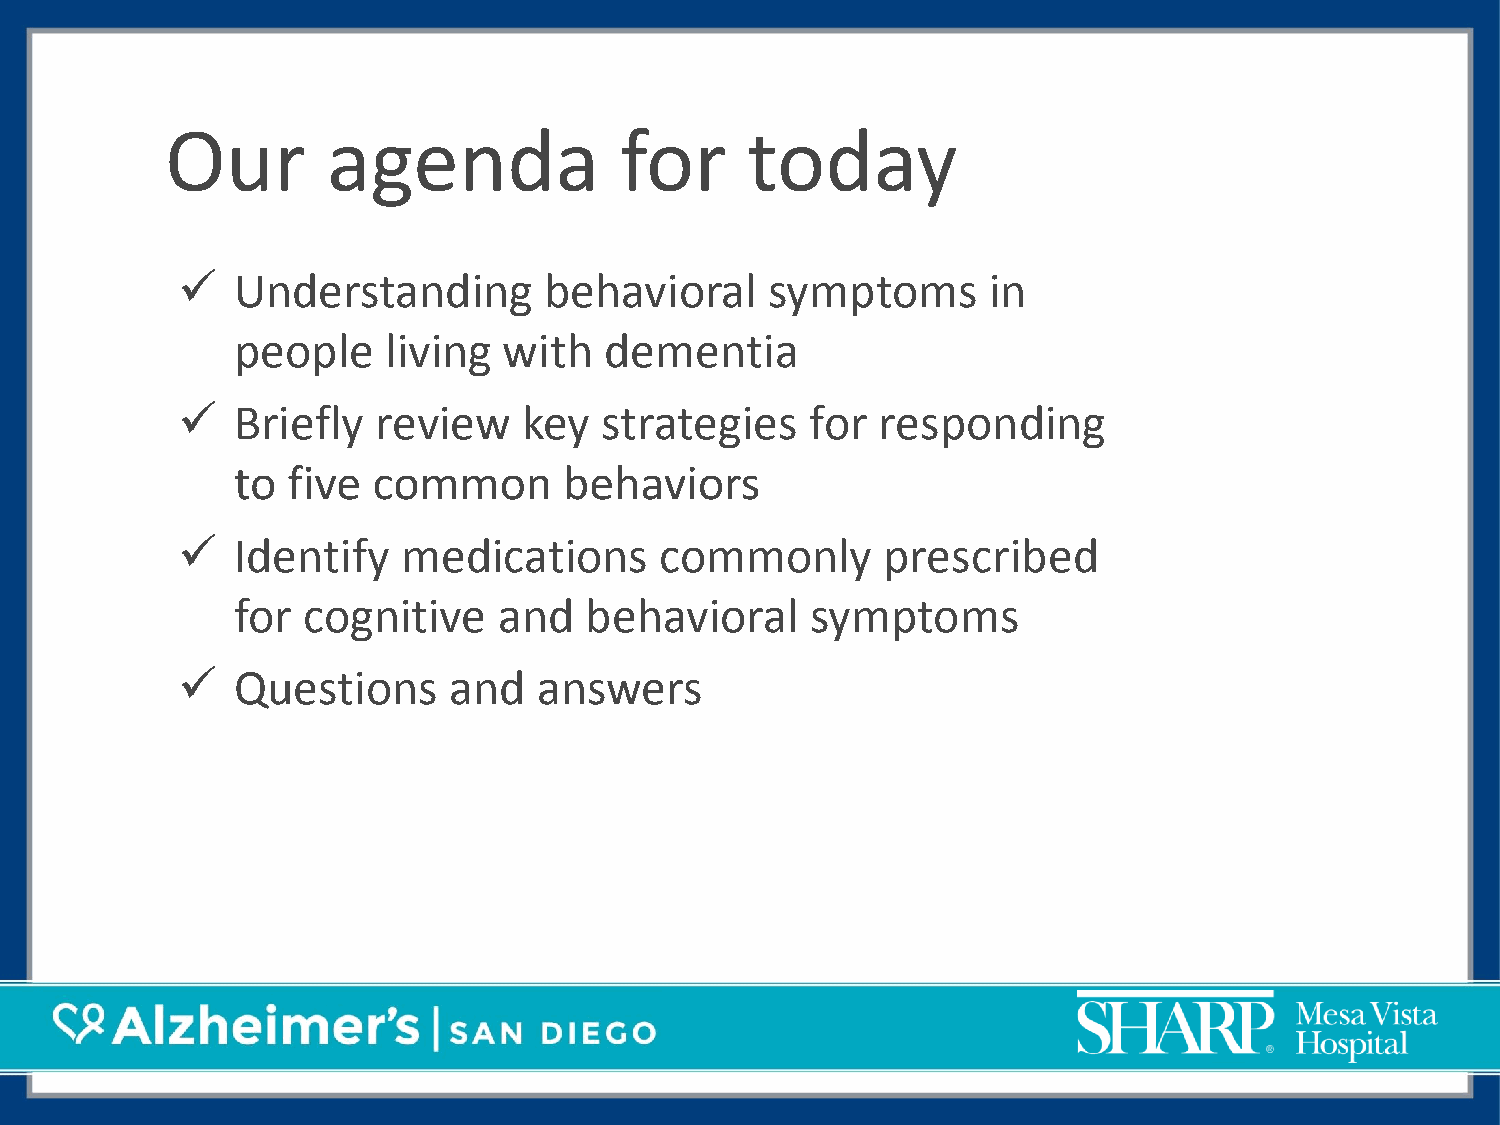
Our        agenda             for     today
   Understanding        behavioral     symptoms      in
 people     living with   dementia
   Briefly   review    key  strategies    for responding
 to  five  common      behaviors
   Identify    medications      commonly       prescribed
 for  cognitive    and   behavioral     symptoms
   Questions      and   answers